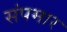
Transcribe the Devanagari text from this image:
संपमार